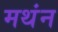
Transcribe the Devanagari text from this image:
मथंन